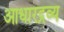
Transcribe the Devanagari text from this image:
आधारद्रव्य